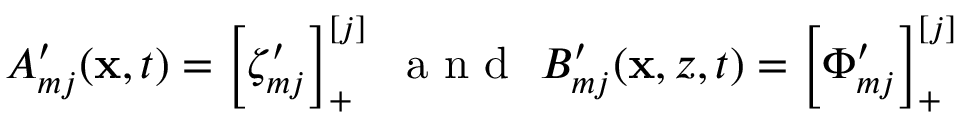
\begin{array} { r } { A _ { m j } ^ { \prime } ( \mathbf { x } , t ) = \left[ \zeta _ { m j } ^ { \prime } \right] _ { + } ^ { [ j ] } ~ \mathrm { ~ a ~ n ~ d ~ } ~ B _ { m j } ^ { \prime } ( \mathbf { x } , z , t ) = \left[ \Phi _ { m j } ^ { \prime } \right] _ { + } ^ { [ j ] } } \end{array}